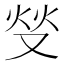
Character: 𱑺